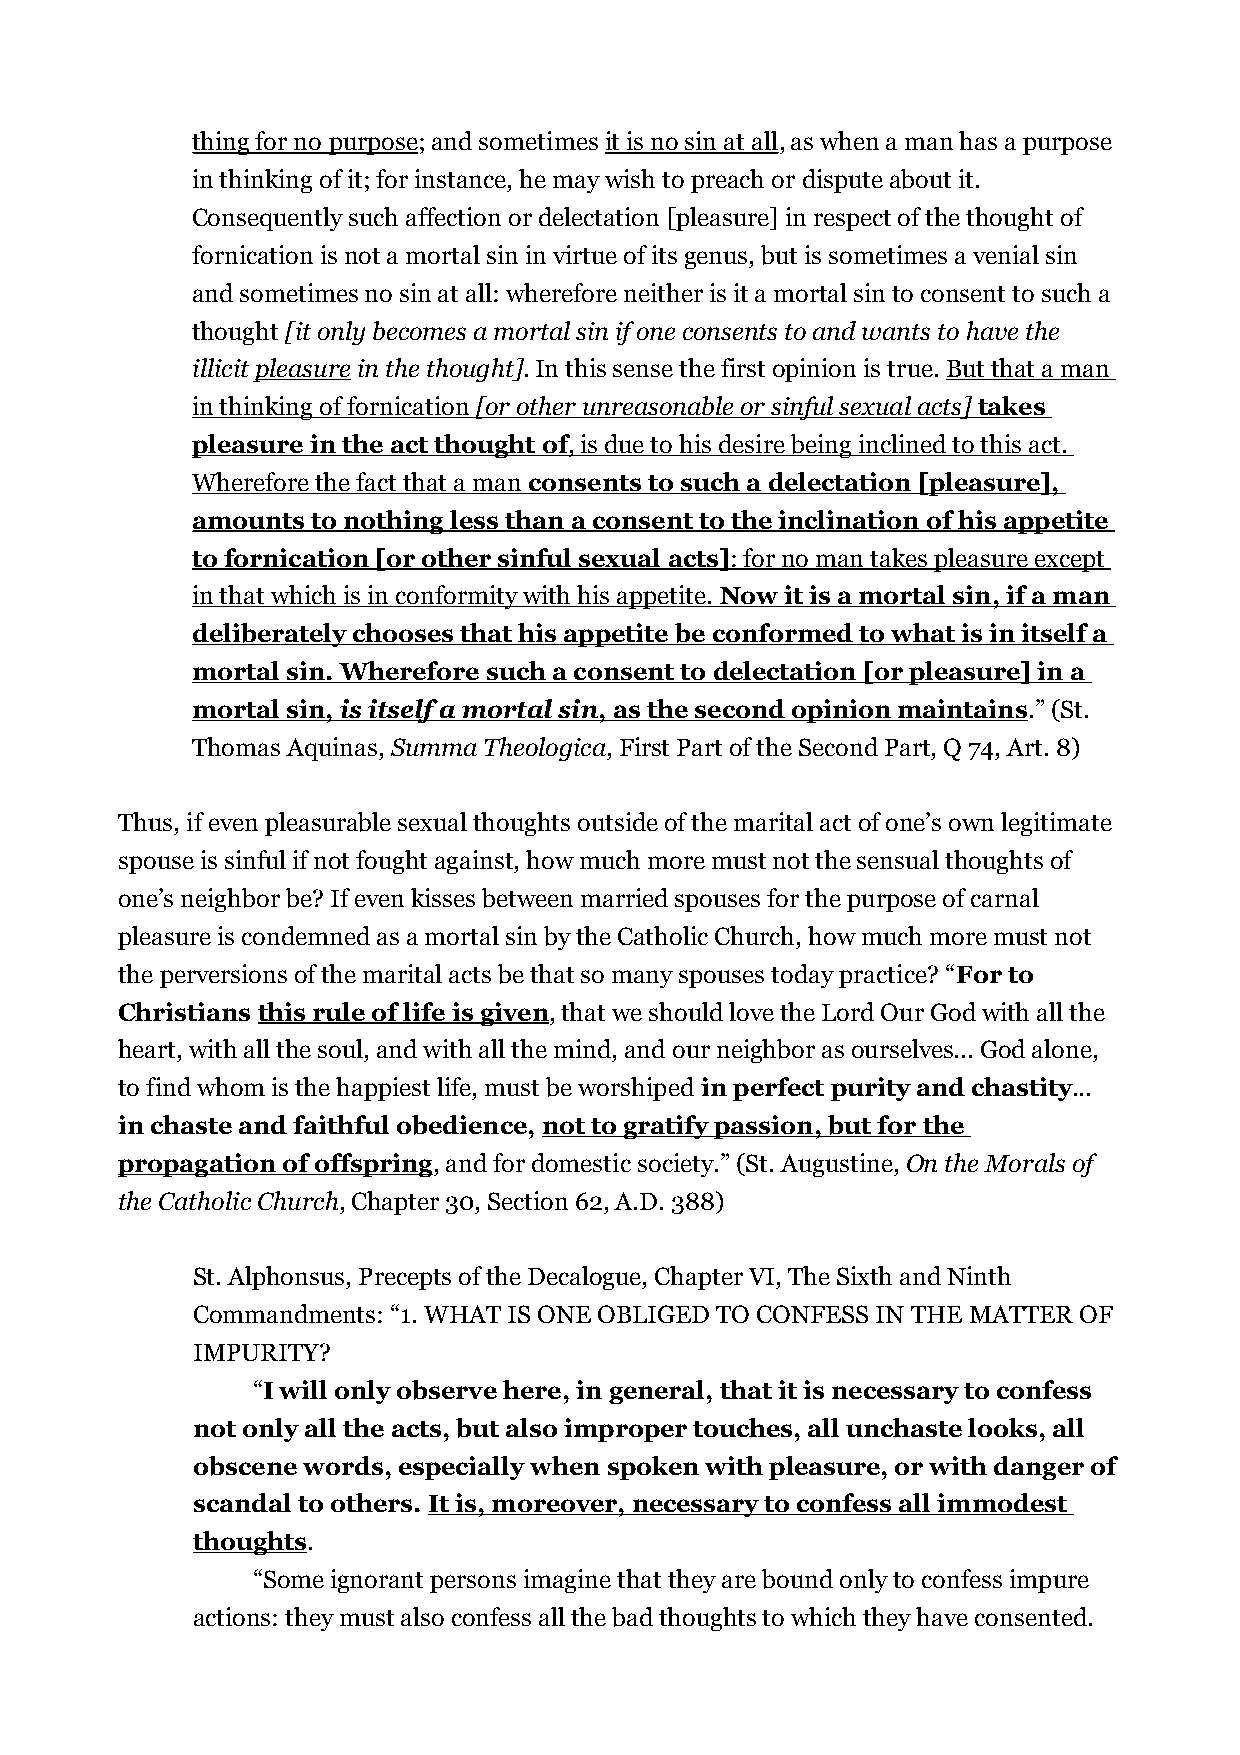
thing for no purpose; and sometimes it is no sin at all, as when a man has a purpose
 in thinking of it; for instance, he may wish to preach or dispute about it.
 Consequently such affection or delectation [pleasure] in respect of the thought of
 fornication is not a mortal sin in virtue of its genus, but is sometimes a venial sin
 and sometimes no sin at all: wherefore neither is it a mortal sin to consent to such a
 thought [it only becomes a mortal sin if one consents to and wants to have the
 illicit pleasure in the thought]. In this sense the first opinion is true. But that a man
 in thinking of fornication [or other unreasonable or sinful sexual acts] takes
 pleasure in the act thought of , is due to his desire being inclined to this act.
 Wherefore the fact that a man consents to such a delectation [pleasure],
 amounts to nothing less than a consent to the inclination of his appetite
 to fornication [or other sinful sexual acts] : for no man takes pleasure except
 in that which is in conformity with his appetite. Now it is a mortal sin, if a man
 deliberately chooses that his appetite be conformed to what is in itself a
 mortal sin. Wherefore such a consent to delectation [or pleasure] in a
 mortal sin, is itself a mortal sin , as the second opinion maintains .” (St.
 Thomas Aquinas, Summa Theologica, First Part of the Second Part, Q 74, Art. 8)
 Thus, if even pleasurable sexual thoughts outside of the marital act of one’s own legitimate
 spouse is sinful if not fought against, how much more must not the sensual thoughts of
 one’s neighbor be? If even kisses between married spouses for the purpose of carnal
 pleasure is condemned as a mortal sin by the Catholic Church, how much more must not
 the perversions of the marital acts be that so many spouses today practice? “For to
 Christians this rule of life is given, that we should love the Lord Our God with all the
 heart, with all the soul, and with all the mind, and our neighbor as ourselves... God alone,
 to find whom is the happiest life, must be worshiped in perfect purity and chastity...
 in chaste and faithful obedience, not to gratify passion, but for the
 propagation of offspring, and for domestic society.” (St. Augustine, On the Morals of
 the Catholic Church, Chapter 30, Section 62, A.D. 388)
 St. Alphonsus, Precepts of the Decalogue, Chapter VI, The Sixth and Ninth
 Commandments: “1. WHAT IS ONE OBLIGED TO CONFESS IN THE MATTER OF
 IMPURITY?
 “I will only observe here, in general, that it is necessary to confess
 not only all the acts, but also improper touches, all unchaste looks, all
 obscene words, especially when spoken with pleasure, or with danger of
 scandal to others. It is, moreover, necessary to confess all immodest
 thoughts.
 “Some ignorant persons imagine that they are bound only to confess impure
 actions: they must also confess all the bad thoughts to which they have consented.